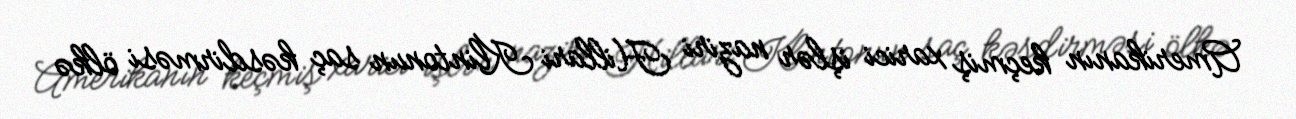
Amerikanın keçmiş xarici işlər naziri Hillari Klintonun saç kəsdirməsi ölkə